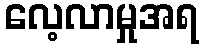
လေ့လာမှုအရ